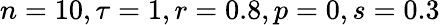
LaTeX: n=10,\tau=1,r=0.8,p=0,s=0.3